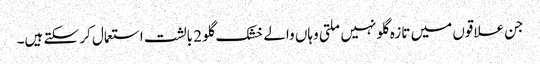
جن علاقوں میں تازہ گلو نہیں ملتی وہاں والے خشک گلو 2 بالشت استعمال کر سکتے ہیں۔